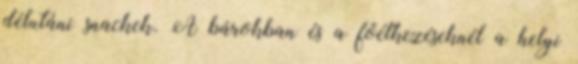
délutáni snackek. A bárokban és a főétkezéseknél a helyi